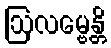
ဩလမ္ဗေန္တိ